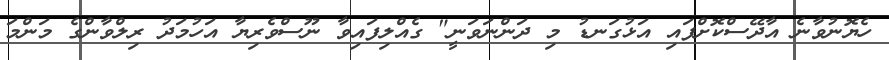
ހެޔޮނުވާނެ އާދޭސްކޮށްފައި އަޅުގަނޑު މި ދަންނަވަނީ" ގެއްލިފައިވާ ނޫސްވެރިޔާ އަހުމަދު ރިލްވާންގެ މަންމަ